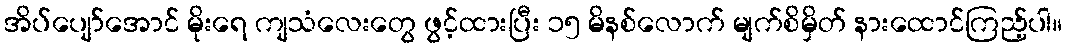
အိပ်ပျော်အောင် မိုးရေ ကျသံလေးတွေ ဖွင့်ထားပြီး ၁၅ မိနစ်လောက် မျက်စိမှိတ် နားထောင်ကြည့်ပါ။